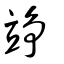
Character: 竫